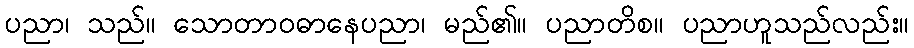
ပညာ၊ သည်။ သောတာဝဓာနေပညာ၊ မည်၏။ ပညာတိစ။ ပညာဟူသည်လည်း။